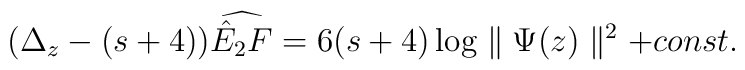
(\Delta_z - (s+4) ) \widehat{\hat E_2 F} =  6 (s+4)\log \parallel \Psi(z)  \parallel^2 +const.